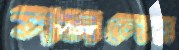
সমদের